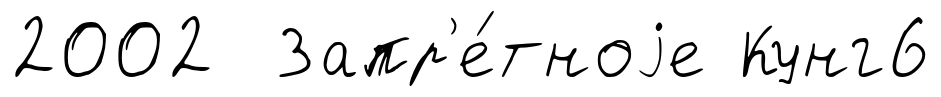
2002 Запр'е́тноjе Кунг6